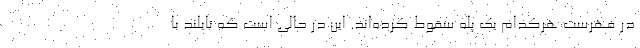
در فهرست هرکدام یک پله سقوط کرده‌اند. این در حالی است که تایلند با